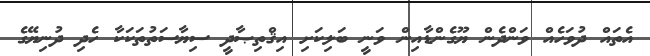
އެތައް ދުވަހެއް ވަންދެން ޔޫގެންޑާއިން ވަނީ ބަލިކަށި އިޤްތިޞާދީ ސިޔާސަތުތަކަކާ ހެދި ދުނިޔޭގެ